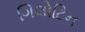
ગિલોટિન